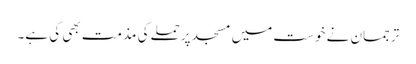
ترجمان نے خوست میں مسجد پرحملےکی مذمت بھی کی ہے۔